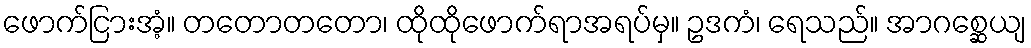
ဖောက်ငြားအံ့။ တတောတတော၊ ထိုထိုဖောက်ရာအရပ်မှ။ ဥဒကံ၊ ရေသည်။ အာဂစ္ဆေယျ